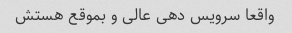
واقعا سرویس دهی عالی و بموقع هستش